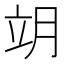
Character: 𦚎